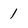
Character: 1